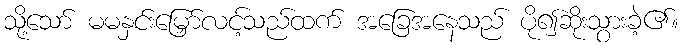
သို့သော် မမနှင်းမြှော်လင့်သည်ထက် အခြေအနေသည် ပို၍ဆိုးသွားခဲ့၏။